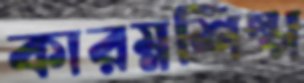
কারম্নশিল্প